Report of an investigation of the epidemic of malarial fever in Assam, or, kala-azar
Disease focus: Malaria
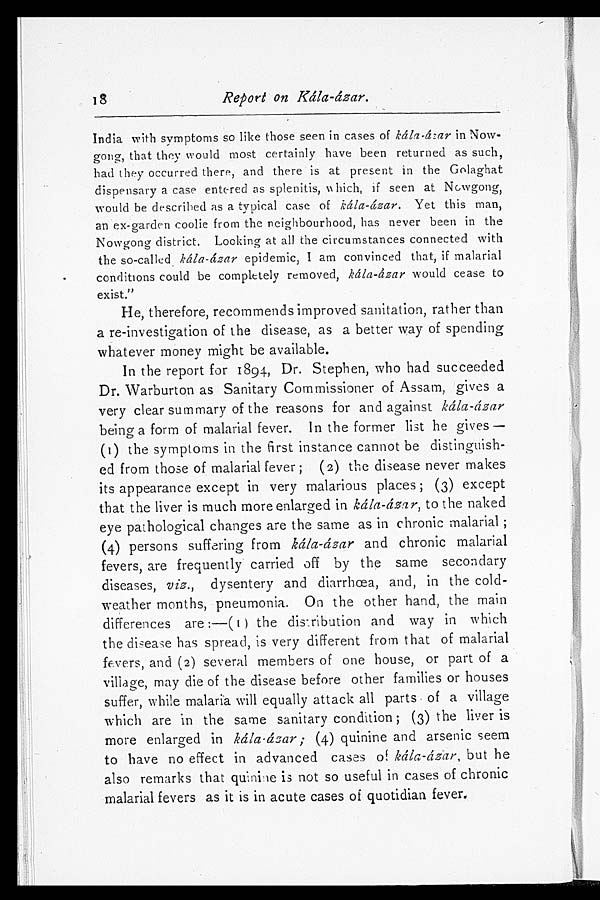
Report on Kála-ázar.
India with symptoms so like those seen in cases of kála-ázar in Now-
gong, that they would most certainly have been returned as such,
had they occurred there, and there is at present in the Golaghat
dispensary a case entered as splenitis, which, if seen at Nowgong,
would be described as a typical case of kála-ázar. Yet this man,
an ex-garden coolie from the neighbourhood, has never been in the
Nowgong district. Locking at all the circumstances connected with
the so-called kála-ázar epidemic, I am convinced that, if malarial
conditions could be completely removed, kála-ázar would cease to
exist."
He, therefore, recommends improved sanitation, rather than
a re-investigation of the disease, as a better way of spending
whatever money might be available.
In the report for 1894, Dr. Stephen, who had succeeded
Dr. Warburton as Sanitary Commissioner of Assam, gives a
very clear summary of the reasons for and against kála-ázar
being a form of malarial fever. In the former list he gives —
(1) the symptoms in the first instance cannot be distinguish-
ed from those of malarial fever; (2) the disease never makes
its appearance except in very malarious places; (3) except
that the liver is much more enlarged in kála-ázar, to the naked
eye pathological changes are the same as in chronic malarial;
(4) persons suffering from kála-ázar and chronic malarial
fevers, are frequently carried off by the same secondary
diseases, viz., dysentery and diarrhœa, and, in the cold-
weather months, pneumonia. On the other hand, the main
differences are:—(1) the distribution and way in which
the disease has spread, is very different from that of malarial
fevers, and (2) several members of one house, or part of a
village, may die of the disease before other families or houses
suffer, while malaria will equally attack all parts of a village
which are in the same sanitary condition; (3) the liver is
more enlarged in kála-ázar; (4) quinine and arsenic seem
to have no effect in advanced cases of kála-ázar, but he
also remarks that quinine is not so useful in cases of chronic
malarial fevers as it is in acute cases of quotidian fever.
18